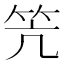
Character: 笐